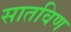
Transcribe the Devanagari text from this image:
सातविण